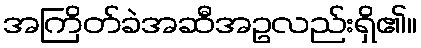
အကြိတ်ခဲအဆီအဥလည်းရှိ၏။